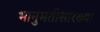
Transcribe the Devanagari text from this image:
भानुमतीसारख्या